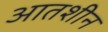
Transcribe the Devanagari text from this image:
आतशीन